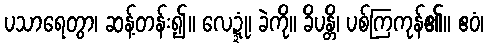
ပသာရေတွာ၊ ဆန့်တန်း၍။ လေဍ္ဍုံ၊ ခဲကို။ ခိပန္တိ၊ ပစ်ကြကုန်၏။ ဧဝံ၊